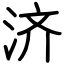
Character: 济